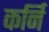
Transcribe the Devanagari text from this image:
कर्नि